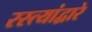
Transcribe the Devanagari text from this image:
रस्त्यांद्वारे